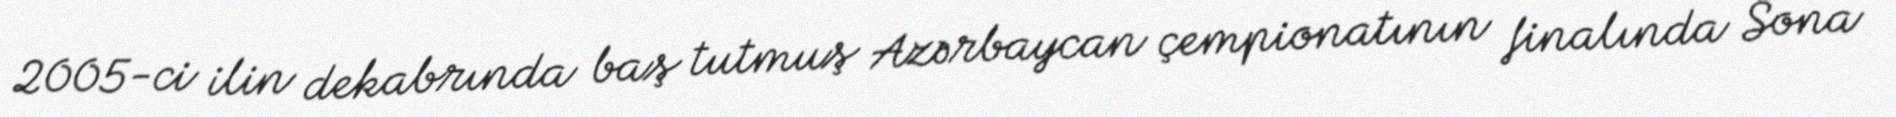
2005-ci ilin dekabrında baş tutmuş Azərbaycan çempionatının finalında Sona